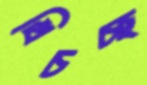
খিচচ্ছ